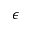
\epsilon